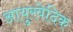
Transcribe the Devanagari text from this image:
आयुरवेदिक